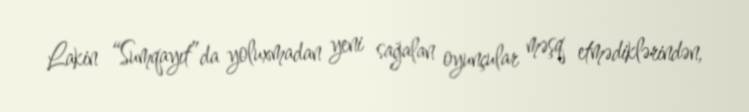
Lakin “Sumqayıt”da yoluxmadan yeni sağalan oyunçular məşq etmədiklərindən,